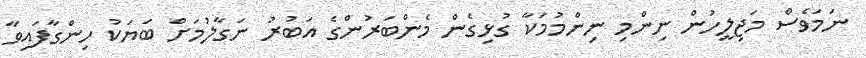
ނަމަވެސް މަޖިލީހުން ނިންމި ނިންމުމަކާ ގުޅިގެން މެންބަރުންގެ އަބުރު ނަގާލުމަށް ބަޔަކު ހިންގާފައިވާ